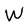
Character: W